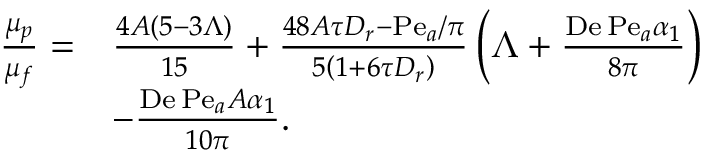
\begin{array} { r l } { \frac { \mu _ { p } } { \mu _ { f } } = } & { \frac { 4 A ( 5 - 3 \Lambda ) } { 1 5 } + \frac { 4 8 A \tau D _ { r } - \mathrm { P e } _ { a } / \pi } { 5 \left( 1 + 6 \tau D _ { r } \right) } \left( \Lambda + \frac { \mathrm { D e } \, \mathrm { P e } _ { a } \alpha _ { 1 } } { 8 \pi } \right) } \\ & { - \frac { \mathrm { D e } \, \mathrm { P e } _ { a } A \alpha _ { 1 } } { 1 0 \pi } . } \end{array}